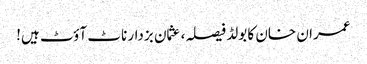
عمران خان کا بولڈ فیصلہ، عثمان بزدار ناٹ آؤٹ ہیں!